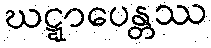
ဃဋ္ဋာပေန္တဿ